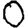
Digit: 0